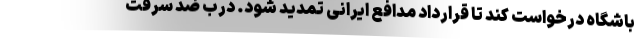
باشگاه درخواست کند تا قرارداد مدافع ایرانی تمدید شود. درب ضد سرقت